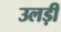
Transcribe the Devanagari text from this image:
उलड़ी